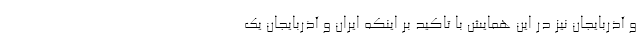
و آذربایجان نیز در این همایش با تاکید بر اینکه ایران و آذربایجان یک